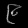
Digit: ၉